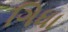
ગિધા